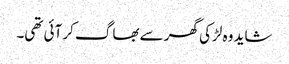
شاید وہ لڑکی گھر سے بھاگ کر آئی تھی۔